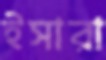
ইসারা